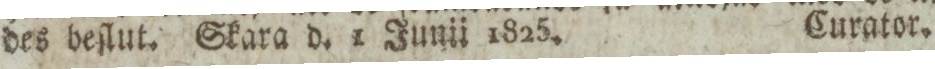
des beſlut. Skara d. 1 Junii 1825.    Curator.